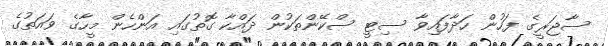
ސާޖަރީގެ ފަހުން ހަދާފައިވާ ސިޓީ ސްކޭންތަކުން ދައްކާ ގޮތުގައި އަންހެން މީހާގެ ވައަތުގެ